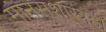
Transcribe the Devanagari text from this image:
मानसशास्त्रही